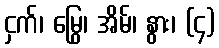
ငှက်၊ မြွေ၊ အိမ်၊ နွား၊ (၄)